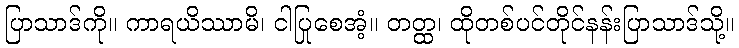
ပြာသာဒ်ကို။ ကာရယိဿာမိ၊ ငါပြုစေအံ့။ တတ္ထ၊ ထိုတစ်ပင်တိုင်နန်းပြာသာဒ်သို့။